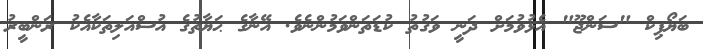
ބަޔޯޕިކް "ސަންޖޫ" އެޅުވުމަށް ދަނީ ވަގުތު ކުޑަތަންވަމުންނެވެ. އޭނާގެ ޙަޔާތުގެ އުސްއަލިތަކާއެކު ރަންބީރު